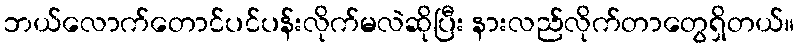
ဘယ်လောက်တောင်ပင်ပန်းလိုက်မလဲဆိုပြီး နားလည်လိုက်တာတွေရှိတယ်။